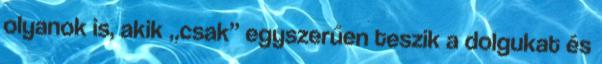
olyanok is, akik „csak” egyszerűen teszik a dolgukat és